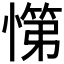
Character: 𭞟